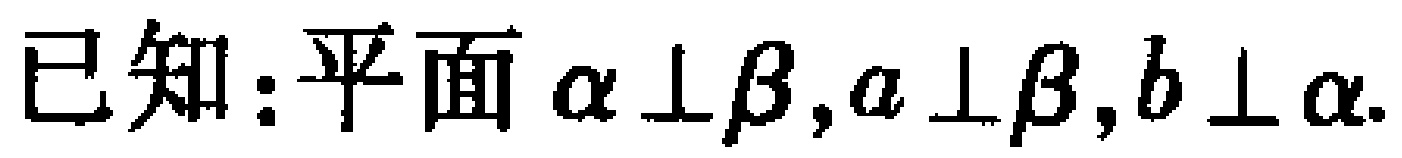
已知：平面$\alpha \perp \beta,a \perp \beta,b \perp \alpha.$